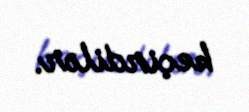
keçirdilər.